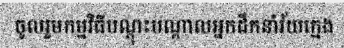
ចូលរួមកម្មវិធីបណ្តុះបណ្តាលអ្នកដឹកនាំវ័យក្មេង